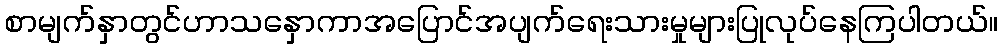
စာမျက်နှာတွင်ဟာသနှောကာအပြောင်အပျက်ရေးသားမှုများပြုလုပ်နေကြပါတယ်။